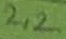
Text: 2,2